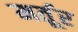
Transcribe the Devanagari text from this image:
मर्तूर